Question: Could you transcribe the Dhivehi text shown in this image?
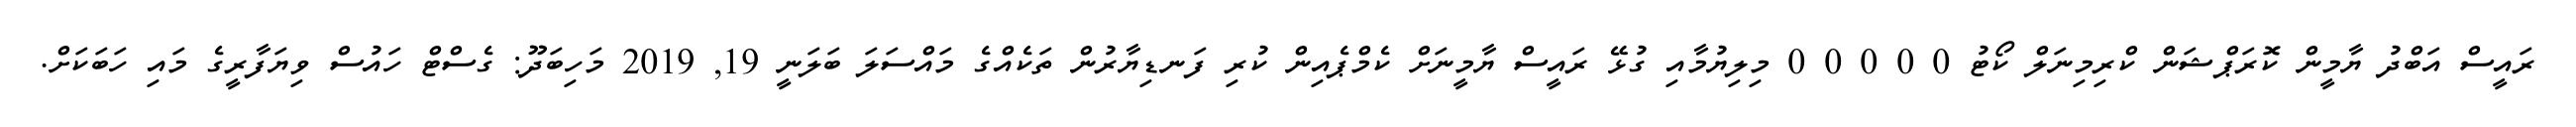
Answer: ރައީސް އަބްދު ޔާމީން ކޮރަޕްޝަން ކްރިމިނަލް ކޯޓު 0 0 0 0 0 މިލިޔުމާއި ގުޅޭ ރައީސް ޔާމީނަށް ކެމްޕެއިން ކުރި ފަނޑިޔާރުން ތަކެއްގެ މައްސަލަ ބަލަނީ 19, 2019 މަހިބަދޫ: ގެސްޓް ހައުސް ވިޔަފާރީގެ މައި ހަބަކަށް.